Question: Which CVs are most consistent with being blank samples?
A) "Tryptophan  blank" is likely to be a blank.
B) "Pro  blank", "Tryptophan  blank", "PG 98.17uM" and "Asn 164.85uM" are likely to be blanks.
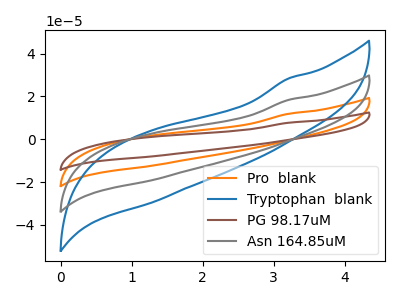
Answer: <think>The orange curve "Pro  blank" has no peaks. The blue curve "Tryptophan  blank" has no peaks. The brown curve "PG 98.17uM" has no peaks. The gray curve "Asn 164.85uM" has no peaks.</think>
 <answer>B) "Pro  blank", "Tryptophan  blank", "PG 98.17uM" and "Asn 164.85uM" are likely to be blanks.</answer>
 <eval>B</eval>